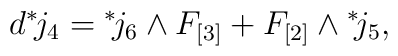
d {}^* \! j_4 = {}^*\!  j_6 \wedge F_{[3]} + F_{[2]} \wedge {}^*\!  j_5,